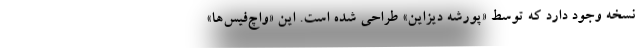
نسخه وجود دارد که توسط «پورشه دیزاین» طراحی شده است. این «واچ‌فیس‌ها»